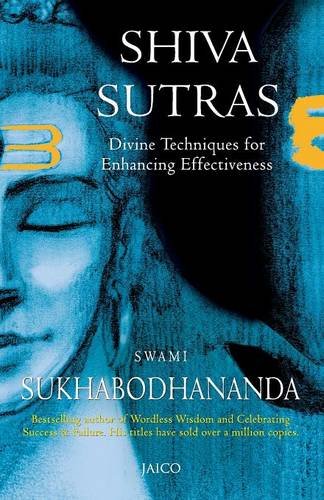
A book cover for Shiva Sutras; Swami Sukhabodhananda; Religion & Spirituality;